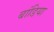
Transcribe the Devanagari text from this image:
बांडिया